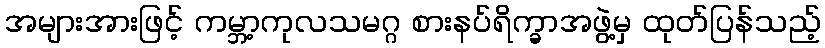
အများအားဖြင့် ကမ္ဘာ့ကုလသမဂ္ဂ စားနပ်ရိက္ခာအဖွဲ့မှ ထုတ်ပြန်သည့်